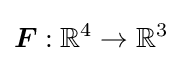
{\boldsymbol {F}}:\mathbb {R} ^{4}\rightarrow \mathbb {R} ^{3}